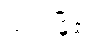
ယင်းမြို့၏